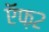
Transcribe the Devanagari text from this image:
ऍफ़२